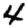
Digit: 4